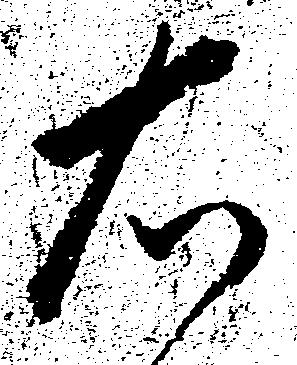
右